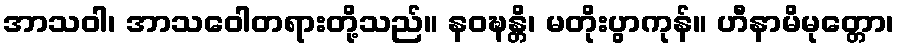
အာသဝါ၊ အာသဝေါတရားတို့သည်။ နဝဍ္ဎန္တိ၊ မတိုးပွာကုန်။ ဟီနာမိမုတ္တော၊